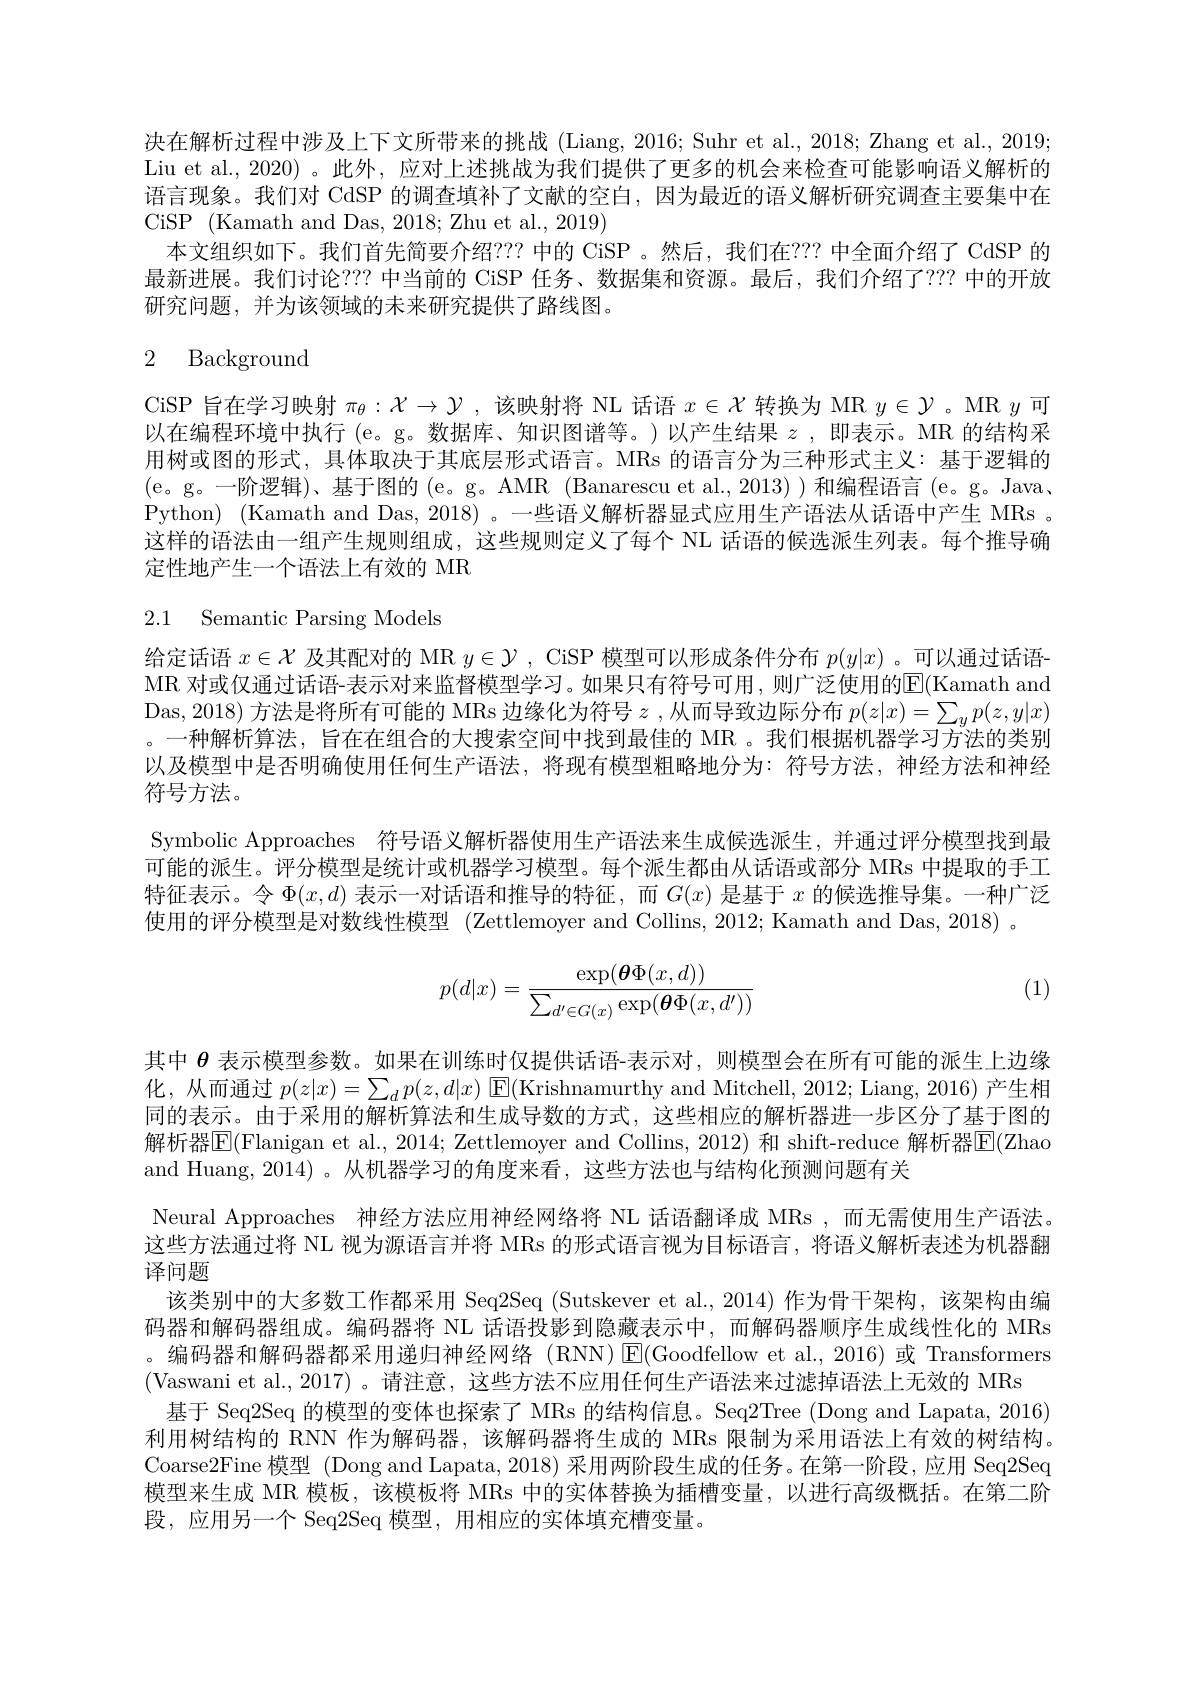
决在解析过程中涉及上下文所带来的挑战 (Liang,2016; Suhr et al., 2018; Zhang et al., 2019; Liu et al., 2020) 。此外，应对上述挑战为我们提供了更多的机会来检查可能影响语义解析的语言现象。我们对 CdSP 的调查填补了文献的空白，因为最近的语义解析研究调查主要集中在CiSP (Kamath and Das, 2018; Zhu et al., 2019)
本文组织如下。我们首先简要介绍？?? 中的 CiSP 。然后，我们在？?? 中全面介绍了 CdSP 的最新进展。我们讨论？?? 中当前的 CiSP 任务、数据集和资源。最后，我们介绍了？?? 中的开放研究问题，并为该领域的未来研究提供了路线图。

# 2 Background

CiSP 旨在学习映射$\pi_\theta:X\to\mathcal{Y}$ ,该映射将 NL 话语$x\in\mathcal{X}$转换为 MR $y\in\mathcal{Y}$。MR $y$可以在编程环境中执行 (e。g。数据库、知识图谱等。)以产生结果$z$ ,即表示。MR 的结构采用树或图的形式，具体取决于其底层形式语言。MRs 的语言分为三种形式主义：基于逻辑的(e。g。一阶逻辑)、基于图的 (e。g。AMR (Banarescu et al.,2013))和编程语言(e。g。Java, Python) (Kamath and Das, 2018) 。一些语义解析器显式应用生产语法从话语中产生 MRs 。这样的语法由一组产生规则组成，这些规则定义了每个 NL 话语的候选派生列表。每个推导确定性地产生一个语法上有效的 MR

2.1 Semantic Parsing Models

给定话语$x\in\mathcal{X}$及其配对的 MR $y\in\mathcal{Y}$, CiSP 模型可以形成条件分布$p(y|x)$ 。可以通过话语MR 对或仅通过话语-表示对来监督模型学习。如果只有符号可用，则广泛使用的$\overline{\mathrm{E}}($Kamath and Das, 2018) 方法是将所有可能的 MRs 边缘化为符号$z$ ,从而导致边际分布$p(z|x)=\sum_yp(z,y|x)$ 。一种解析算法，旨在在组合的大搜索空间中找到最佳的 MR。我们根据机器学习方法的类别以及模型中是否明确使用任何生产语法，将现有模型粗略地分为：符号方法，神经方法和神经符号方法。

Symbolic Approaches 符号语义解析器使用生产语法来生成候选派生，并通过评分模型找到最可能的派生。评分模型是统计或机器学习模型。每个派生都由从话语或部分 MRs 中提取的手工特征表示。令$\Phi(x,d)$表示一对话语和推导的特征，而$G(x)$是基于$x$的候选推导集。一种广泛使用的评分模型是对数线性模型 (Zettlemoyer and Collins, 2012; Kamath and Das, 2018) 。

(1)
$$p(d|x)=\frac{\exp(\boldsymbol{\theta}\Phi(x,d))}{\sum_{d'\in G(x)}\exp(\boldsymbol{\theta}\Phi(x,d'))}$$
其中$\theta$表示模型参数。如果在训练时仅提供话语-表示对，则模型会在所有可能的派生上边缘化，从而通过$p(z|x)=\sum_dp(z,d|x)$ E(Krishnamurthy and Mitchell, 2012; Liang, 2016)产生相同的表示。由于采用的解析算法和生成导数的方式，这些相应的解析器进一步区分了基于图的解析器E(Flanigan et al., 2014; Zettlemoyer and Collins, 2012) 和 shift-reduce 解析器E(Zhao and Huang,2014)。从机器学习的角度来看，这些方法也与结构化预测问题有关
Neural Approaches 神经方法应用神经网络将 NL 话语翻译成 MRs ,而无需使用生产语法。这些方法通过将 NL 视为源语言并将 MRs 的形式语言视为目标语言，将语义解析表述为机器翻译问题
该类别中的大多数工作都采用 Seq2Seq (Sutskever et al.,2014) 作为骨干架构，该架构由编码器和解码器组成。编码器将 NL 话语投影到隐藏表示中，而解码器顺序生成线性化的 MRs 。编码器和解码器都采用递归神经网络(RNN)$\operatorname{E}($Goodfellow et al.,2016)或 Transformers (Vaswani et al.,2017)。请注意，这些方法不应用任何生产语法来过滤掉语法上无效的 MRs
基于 Seq2Seq 的模型的变体也探索了 MRs 的结构信息。Seq2Tree (Dong and Lapata, 2016) 利用树结构的 RNN 作为解码器，该解码器将生成的 MRs 限制为采用语法上有效的树结构。Coarse2Fine 模型 (Dong and Lapata, 2018) 采用两阶段生成的任务。在第一阶段，应用 Seq2Seq 模型来生成 MR 模板，该模板将 MRs 中的实体替换为插槽变量，以进行高级概括。在第二阶段，应用另一个 Seq2Seq 模型，用相应的实体填充槽变量。